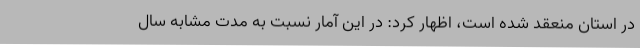
در استان منعقد شده است، اظهار کرد: در این آمار نسبت به مدت مشابه سال